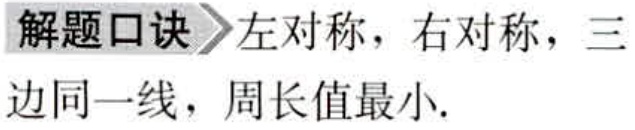
解题口诀\(>\)左对称，右对称，三边同一线，周长值最小.